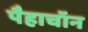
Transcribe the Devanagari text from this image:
पैहाचॉन